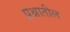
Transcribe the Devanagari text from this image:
प्रश्नातील